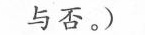
与否。)